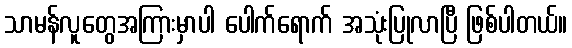
သာမန်လူတွေအကြားမှာပါ ပေါက်ရောက် အသုံးပြုလာပြီ ဖြစ်ပါတယ်။